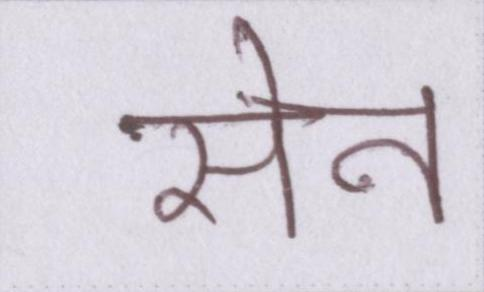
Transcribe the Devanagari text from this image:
सेन